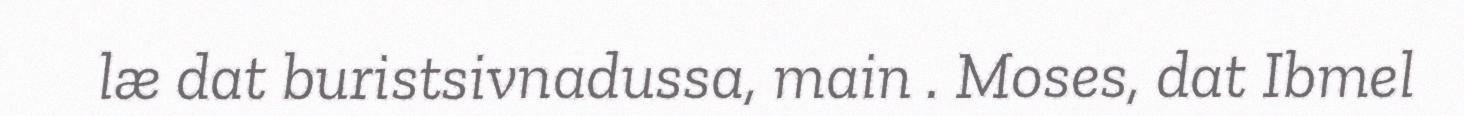
læ dat buristsivnadussa, main . Moses, dat Ibmel